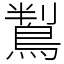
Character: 鵥